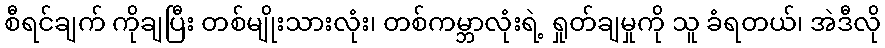
စီရင်ချက် ကိုချပြီး တစ်မျိုးသားလုံး၊ တစ်ကမ္ဘာလုံးရဲ့ ရှုတ်ချမှုကို သူ ခံရတယ်၊ အဲဒီလို